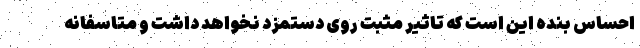
احساس بنده این است که تاثیر مثبت روی دستمزد نخواهد داشت و متاسفانه